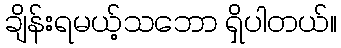
ချိန်းရမယ့်သဘော ရှိပါတယ်။